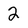
Character: 2